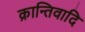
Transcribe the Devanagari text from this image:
क्रान्तिवादि